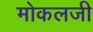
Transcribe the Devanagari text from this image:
मोकलजी